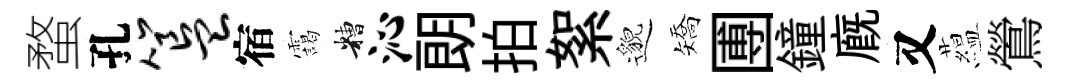
蝥孔簋宿靄糟沁朗拍絮邈矯圑鐘廐又藴鶯